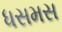
ધસમસ